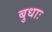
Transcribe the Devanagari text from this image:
बुधाः